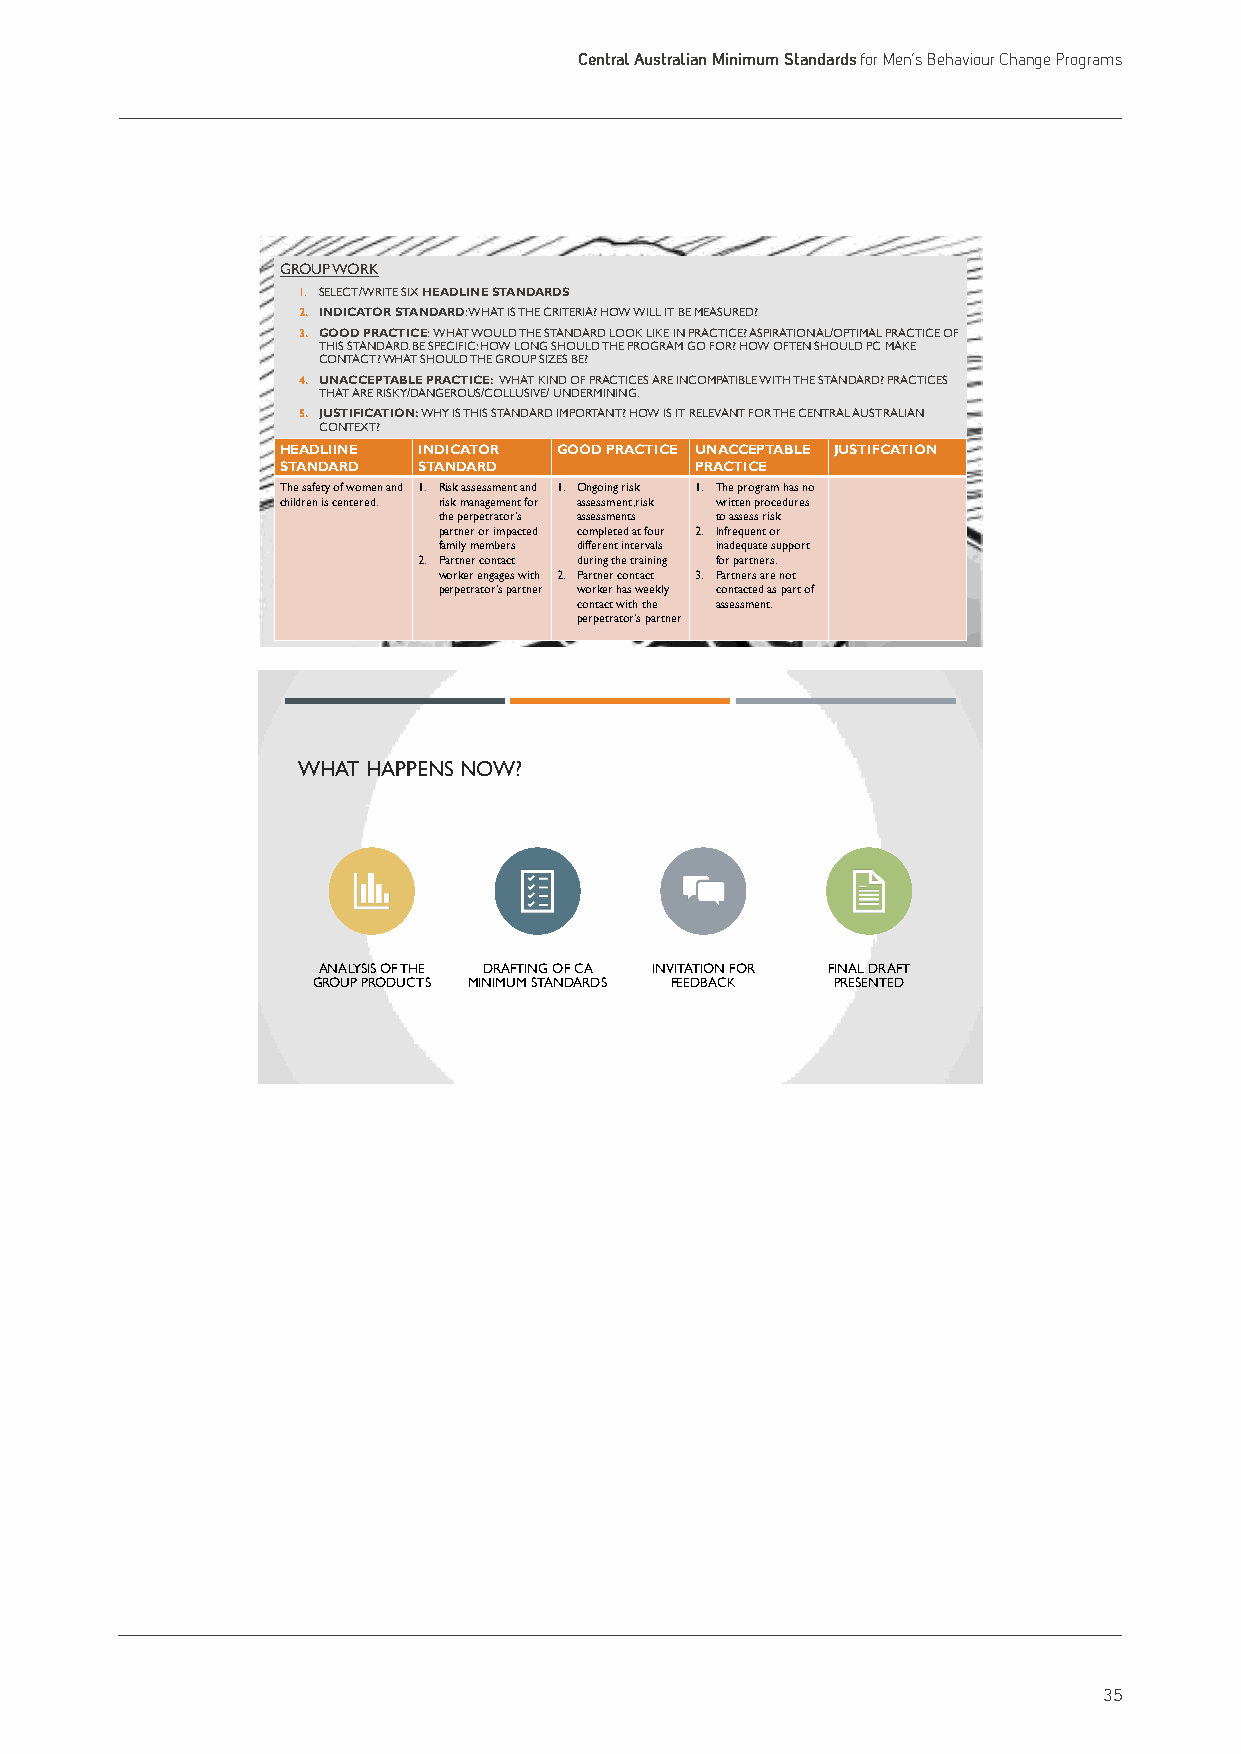
Central Australian Minimum Standards for Men’s Behaviour Change Programs
 GROUP WORK
 1. SELECT/WRITE SIX HEADLINESTANDARDS
 2. INDICATOR STANDARD: WHAT IS THE CRITERIA? HOW WILL IT BE MEASURED?
 3. GOOD PRACTICE: WHAT WOULD THE STANDARD LOOK LIKE IN PRACTICE? ASPIRATIONAL/OPTIMAL PRACTICE OF
 THIS STANDARD. BE SPECIFIC: HOW LONG SHOULD THE PROGRAM GO FOR? HOW OFTEN SHOULD PC MAKE
 CONTACT? WHAT SHOULD THE GROUP SIZES BE?
 4. UNACCEPTABLE PRACTICE: WHAT KIND OF PRACTICES ARE INCOMPATIBLE WITH THE STANDARD? PRACTICES
 THAT ARE RISKY/DANGEROUS/COLLUSIVE/ UNDERMINING.
 5. JUSTIFICATION: WHY IS THIS STANDARD IMPORTANT? HOW IS IT RELEVANT FOR THE CENTRAL AUSTRALIAN
 CONTEXT?
 HEADLIINE INDICATOR GOOD PRACTICE UNACCEPTABLE JUSTIFCATION
 STANDARD STANDARD          PRACTICE
 The safety of women and 1. Risk assessment and 1. Ongoing risk 1. The program has no
 children is centered. risk management for assessment, risk written procedures
 the perpetrator’s assessments to assess risk
 partner or impacted completed at four 2. Infrequent or
 family members different intervals inadequate support
 2. Partner contact during the training for partners.
 worker engages with 2. Partner contact 3. Partners are not
 perpetrator’s partner worker has weekly contacted as part of
 contact with the assessment.
 perpetrator’s partner
 WHAT HAPPENS NOW?
 ANALYSIS OF THE DRAFTING OF CA INVITATION FOR FINAL DRAFT
 GROUP PRODUCTS MINIMUM STANDARDS FEEDBACK PRESENTED
 35